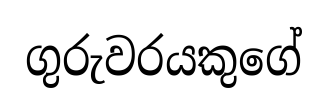
ගුරුවරයකුගේ